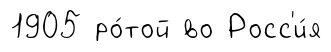
1905 ро́той во Росс'и́я